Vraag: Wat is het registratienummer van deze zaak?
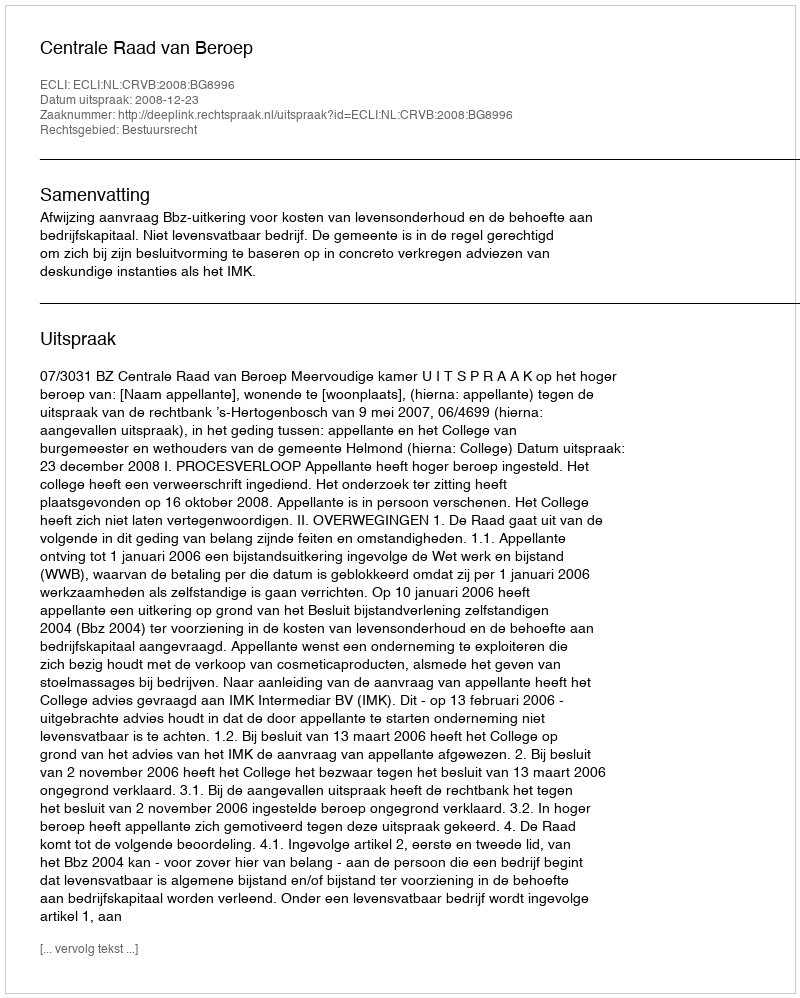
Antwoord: http://deeplink.rechtspraak.nl/uitspraak?id=ECLI:NL:CRVB:2008:BG8996